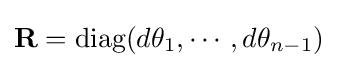
\mathbf {R} =\operatorname {diag} (d\theta _{1},\cdots ,d\theta _{n-1})